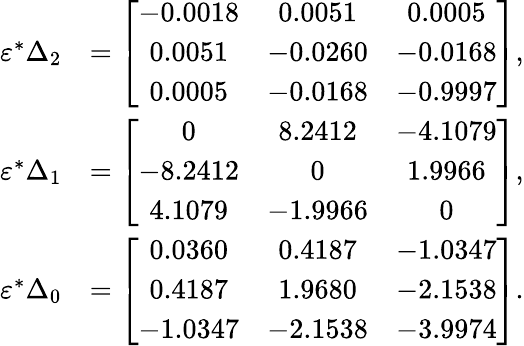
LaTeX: \begin{array}{rl}{\varepsilon^{*}\Delta_{2}}&{=\left[\begin{array}{ccc}{-0.0018}&{0.0051}&{0.0005}\\ {0.0051}&{-0.0260}&{-0.0168}\\ {0.0005}&{-0.0168}&{-0.9997}\end{array}\right],}\\ {\varepsilon^{*}\Delta_{1}}&{=\left[\begin{array}{ccc}{0}&{8.2412}&{-4.1079}\\ {-8.2412}&{0}&{1.9966}\\ {4.1079}&{-1.9966}&{0}\end{array}\right],}\\ {\varepsilon^{*}\Delta_{0}}&{=\left[\begin{array}{ccc}{0.0360}&{0.4187}&{-1.0347}\\ {0.4187}&{1.9680}&{-2.1538}\\ {-1.0347}&{-2.1538}&{-3.9974}\end{array}\right].}\end{array}